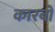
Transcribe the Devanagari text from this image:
कारबो